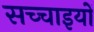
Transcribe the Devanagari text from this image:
सच्‍चाइयों